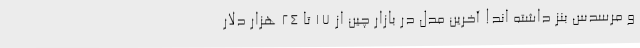
و مرسدس بنز داشته اند! آخرین مدل در بازار چین از 17 تا 24 هزار دلار